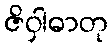
ဇိဝှါဓာတု